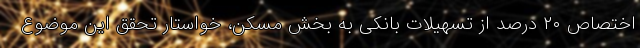
اختصاص ۲۰ درصد از تسهیلات بانکی به بخش مسکن، خواستار تحقق این موضوع